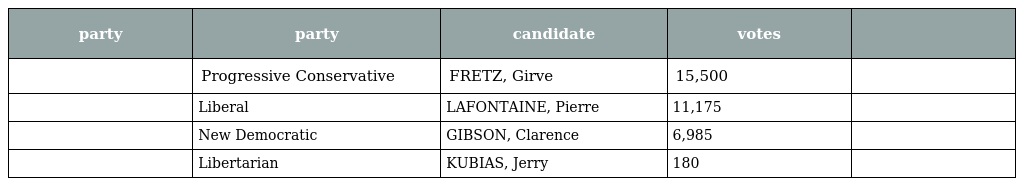
| party | party | candidate | votes |  |
 | --- | --- | --- | --- | --- |
 |  | Progressive Conservative | FRETZ, Girve | 15,500 |  |
 |  | Liberal | LAFONTAINE, Pierre | 11,175 |  |
 |  | New Democratic | GIBSON, Clarence | 6,985 |  |
 |  | Libertarian | KUBIAS, Jerry | 180 |  |